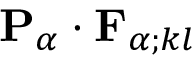
{ \mathbf { P } } _ { \alpha } \cdot { \mathbf { F } } _ { \alpha ; k l }